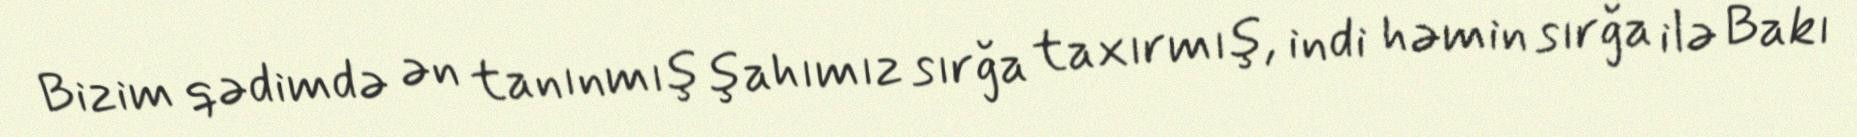
Bizim qədimdə ən tanınmış şahımız sırğa taxırmış, indi həmin sırğa ilə Bakı